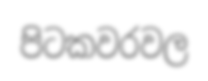
පිටකවරවල